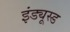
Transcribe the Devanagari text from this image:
इंड्यूस्ड